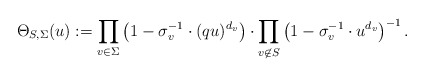
\begin{align*}\Theta_{S, \Sigma}(u) := \prod_{v \in \Sigma}\left( 1 - \sigma_v^{-1} \cdot (qu)^{d_v} \right) \cdot\prod_{v \not\in S}\left( 1 - \sigma_v^{-1} \cdot u^{d_v} \right)^{-1}.\end{align*}